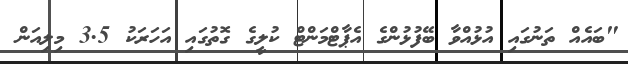
"ބައެއް ތަނުގައި އުޅުއްވާ ބޭފުޅުންގެ އެޕާޓްމަންޓް ކުލީގެ ގޮތުގައި އަހަރަކު 3.5 މިލިއަން